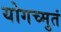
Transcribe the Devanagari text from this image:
योगच्मुतं